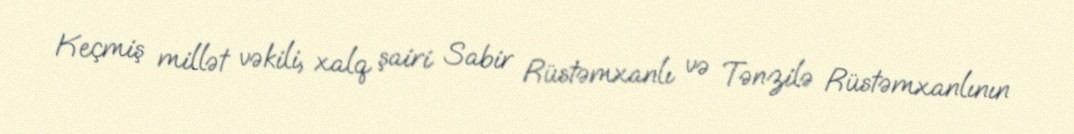
Keçmiş millət vəkili, xalq şairi Sabir Rüstəmxanlı və Tənzilə Rüstəmxanlının